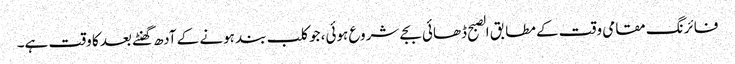
فائرنگ مقامی وقت کے مطابق الصبح ڈھائی بجے شروع ہوئی، جو کلب بند ہونے کے آدھ گھنٹے بعد کا وقت ہے۔